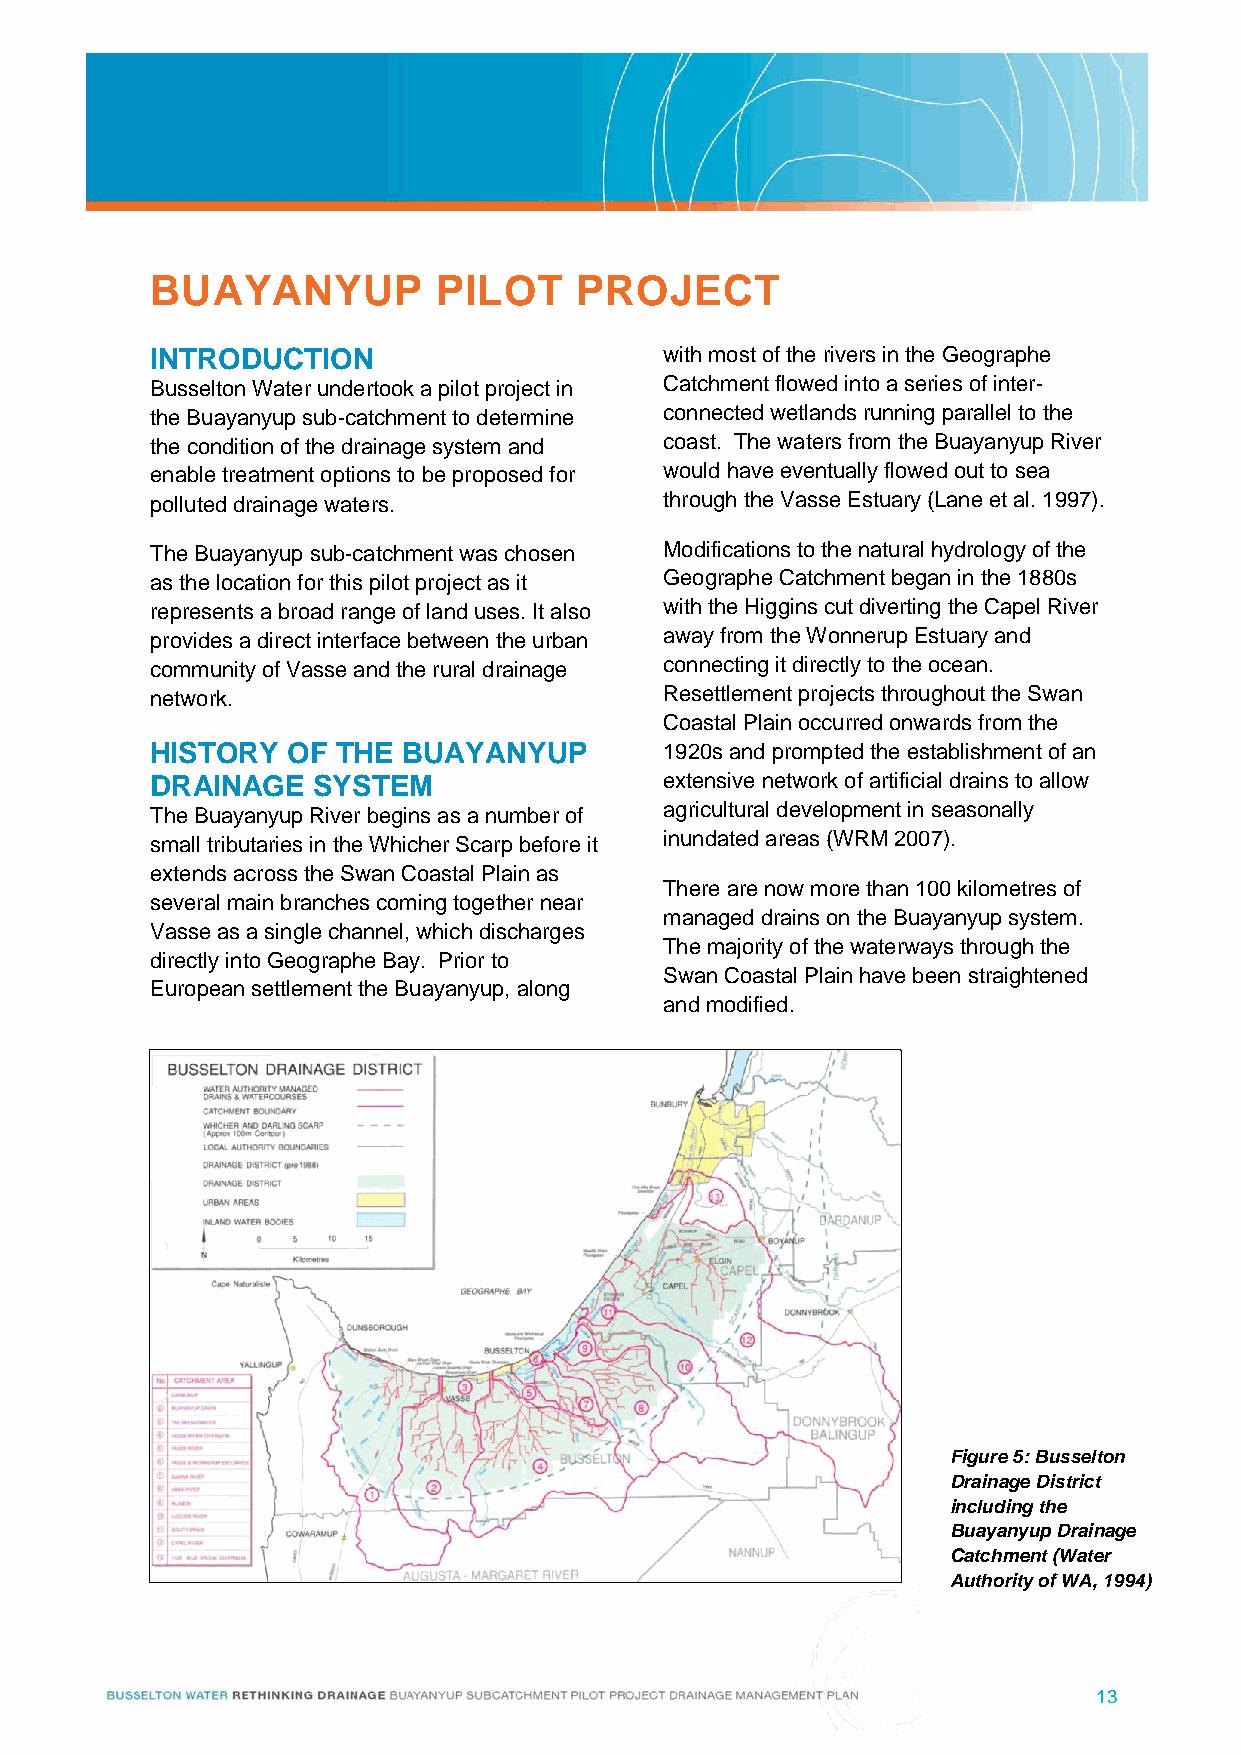
BUAYANYUP          PILOT    PROJECT
 INTRODUCTION                      with most of the rivers in the Geographe
 Busselton Water undertook a pilot project in Catchment flowed into a series of inter-
 the Buayanyup sub-catchment to determine connected wetlands running parallel to the
 the condition of the drainage system and coast. The waters from the Buayanyup River
 enable treatment options to be proposed for would have eventually flowed out to sea
 polluted drainage waters.         through the Vasse Estuary (Lane et al. 1997).
 The Buayanyup sub-catchment was chosen Modifications to the natural hydrology of the
 as the location for this pilot project as it Geographe Catchment began in the 1880s
 represents a broad range of land uses. It also with the Higgins cut diverting the Capel River
 provides a direct interface between the urban away from the Wonnerup Estuary and
 community of Vasse and the rural drainage connecting it directly to the ocean.
 network.                          Resettlement projects throughout the Swan
 Coastal Plain occurred onwards from the
 HISTORY  OF THE  BUAYANYUP        1920s and prompted the establishment of an
 DRAINAGE   SYSTEM                 extensive network of artificial drains to allow
 The Buayanyup River begins as a number of agricultural development in seasonally
 small tributaries in the Whicher Scarp before it inundated areas (WRM 2007).
 extends across the Swan Coastal Plain as
 There are now more than 100 kilometres of
 several main branches coming together near
 managed drains on the Buayanyup system.
 Vasse as a single channel, which discharges
 The majority of the waterways through the
 directly into Geographe Bay. Prior to
 Swan Coastal Plain have been straightened
 European settlement the Buayanyup, along
 and modified.
 Figure 5: Busselton
 Drainage District
 including the
 Buayanyup Drainage
 Catchment (Water
 Authority of WA, 1994)
 13